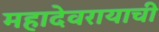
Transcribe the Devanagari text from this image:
महादेवरायाची